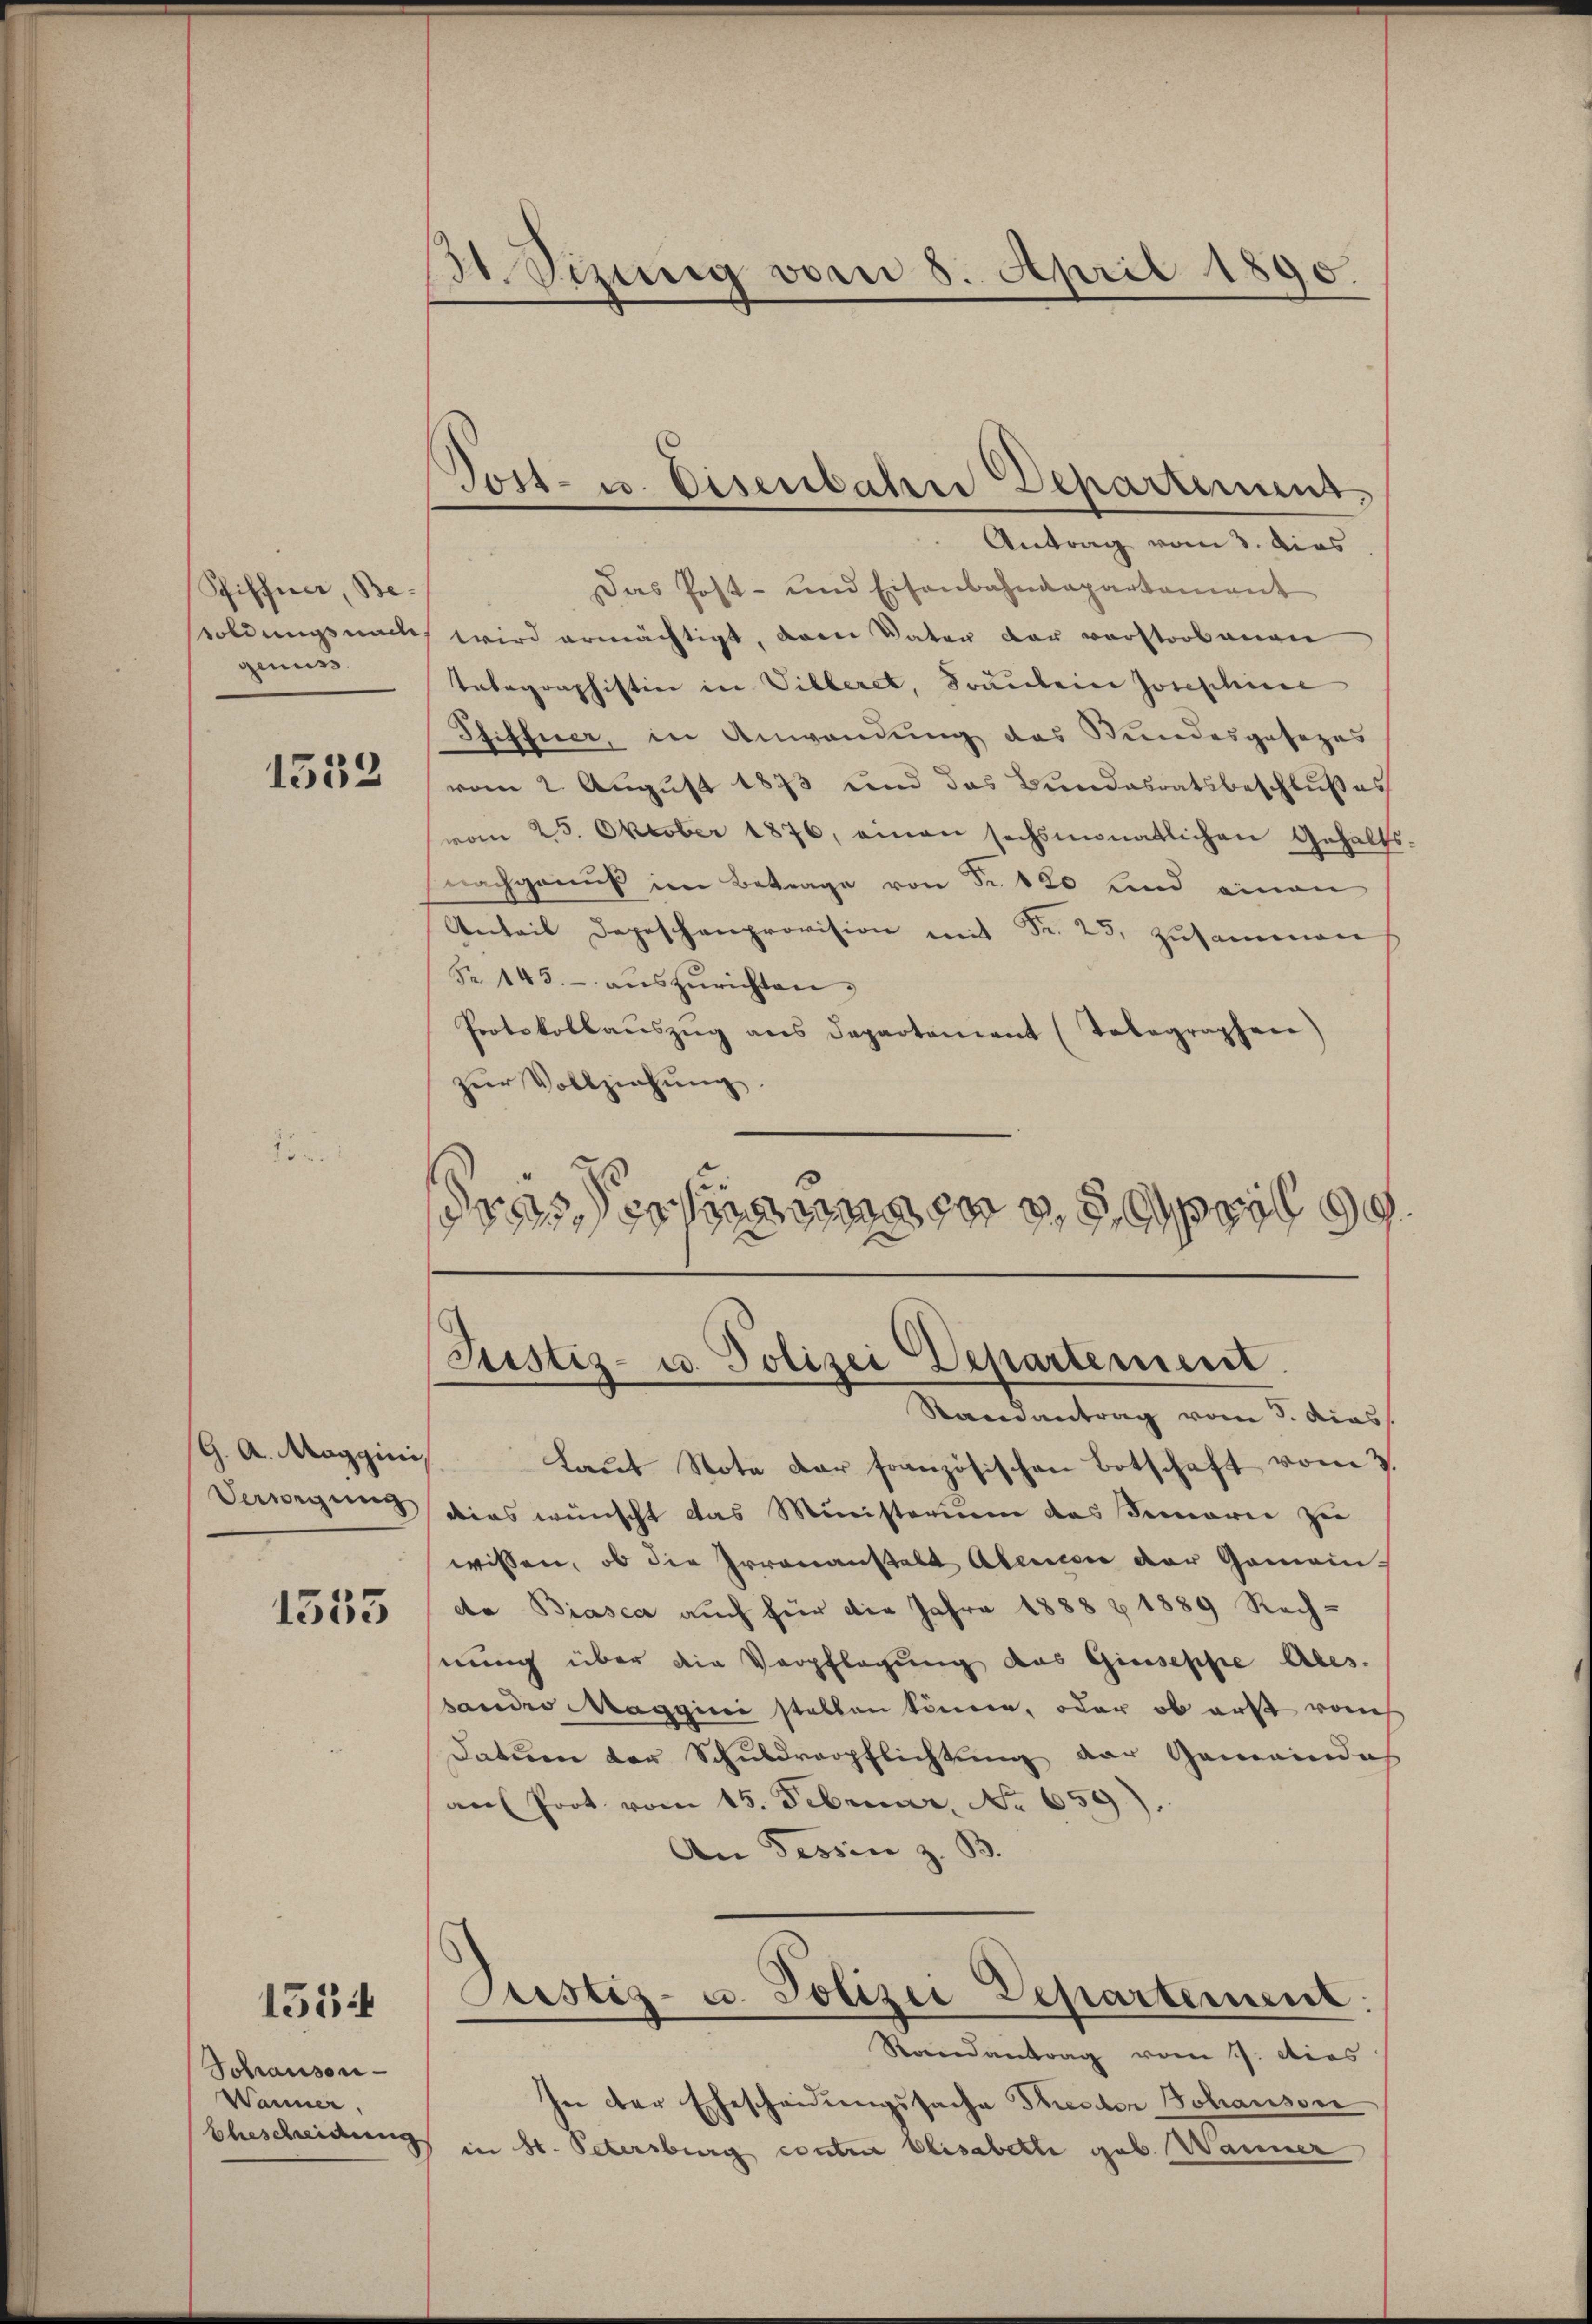
Piffner Begenuss

1552

G. A. Maggini,
Verwegung

1553

1534

Sohrauson-
Wanme

41. Sizung vom 8. April 1890.

Antrag vom 3. dies
Das Post- und Eisenbahndepartement
soldungsnach wird ermächtigt, dem Vater dar vorstorbenen
Tabagraphistin in Villeret, Soaulein Josephine
Siffner, in Anwendung das Wundesgesezes
vom 2. August 1873 und das Bundesratsbeschlußes
vom 25. Oktober 1876, einen sechsmonatlichen Gehalts-
nachganŭβ im Betrage von Fr. 120 und einen
Anteil Depeschenprovision mit Fr. 25, Zusammen
Fr. 145.- aŭszŭrichten.
Protokollaŭszŭg ans Departement (Telegraphen)
zur Vollziehung.
drasserten April

Tost- u. Eisenbahn Departement

Justiz- u. Polizei Departement.

Randantrag vom 3. dies
laŭt Note der französischen Botschaft vom 3.
dies wünscht das Ministerium das Semarie zu
wissen, ob die Irrenanstalt Abencen der Gemeindta Biasca auch für die Jahre 1888 & 1889 Rech-
nung über die Verpflegung des Giuseppe Ales.
sandro Maggini stellen können, oder ob erst vom
Datum der Schuldverpflichtung der Gemeinde
an Prot vom 15. Februar, No. 659).
An Tessin z. B.
Justiz- u. Polizei Departement:
Randantrag vom 7. dies
In der Ehescheidungssache Seeder Johanson
Ehescheidung in St. Petersburg contra Elisabeth geb. Wanner